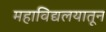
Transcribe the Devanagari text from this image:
महाविद्यलयातून